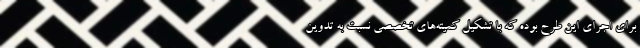
برای اجرای این طرح بوده که با تشکیل کمیته‌های تخصصی نسبت به تدوین